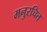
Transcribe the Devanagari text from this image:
मनुरचित